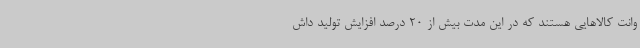
وانت کالاهایی هستند که در این مدت بیش از 20 درصد افزایش تولید داش